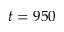
t = 9 5 0